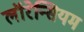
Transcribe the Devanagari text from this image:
लॉरेन्सियम